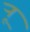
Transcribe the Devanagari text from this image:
र्‍ाू